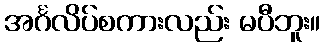
အင်္ဂလိပ်စကားလည်း မပီဘူး။